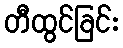
တီထွင်ခြင်း